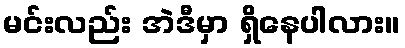
မင်းလည်း အဲဒီမှာ ရှိနေပါလား။